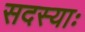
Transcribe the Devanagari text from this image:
सदस्याः